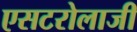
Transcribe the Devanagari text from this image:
एसटरोलाजी